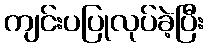
ကျင်းပပြုလုပ်ခဲ့ပြီး